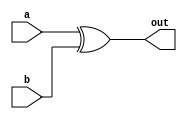
module exor
(
    output out,
    input a,b
);

    assign out = a ^ b; 

endmodule